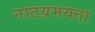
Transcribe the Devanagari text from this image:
नाटय़मयता